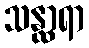
သန္ထာရာ